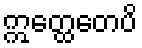
ဣတ္ထေတေပိ